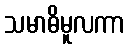
သမာဓိမူလကာ